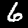
Digit: 6